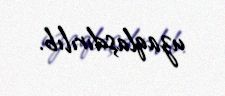
uzaqlaşdırılıb.